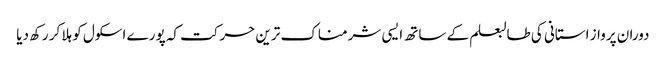
دوران پرواز استانی کی طالبعلم کے ساتھ ایسی شرمناک ترین حرکت کہ پورے اسکول کو ہلا کر رکھ دیا